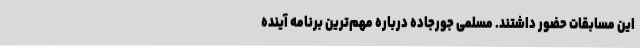
این مسابقات حضور داشتند. مسلمی جورجاده درباره مهم‌ترین برنامه آینده